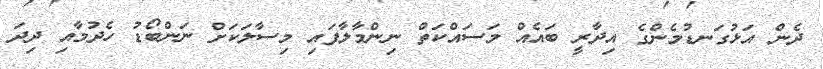
ދެން އަޅުގަނޑުމެންގެ އިދާރީ ބައެއް މަސައްކަތް ނިންމާލާފައި މިސާލަކަށް ނަންބޯޑު ހެދުމާއި ދިދަ